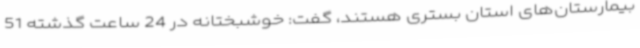
بیمارستان‌های استان بستری هستند، گفت: خوشبختانه در 24 ساعت گذشته 51